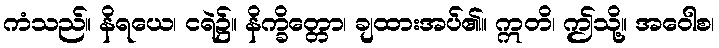
ကံသည်။ နိရယေ၊ ငရဲ၌။ နိက္ခိတ္တော၊ ချထားအပ်၏။ ဣတိ၊ ဤသို့။ အဝေါစ၊